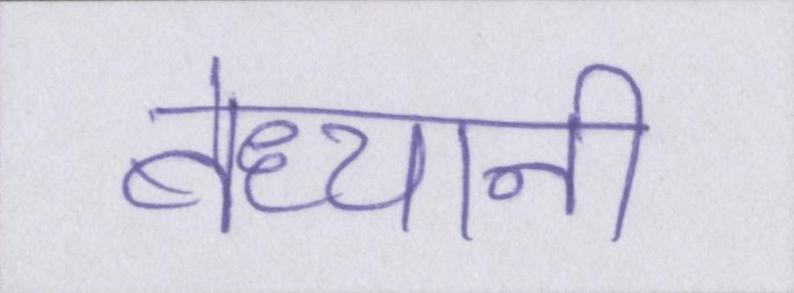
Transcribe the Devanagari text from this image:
बेध्यानी